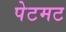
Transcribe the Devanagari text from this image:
पेटमट